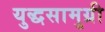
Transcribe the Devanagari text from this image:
युद्धसामुग्री